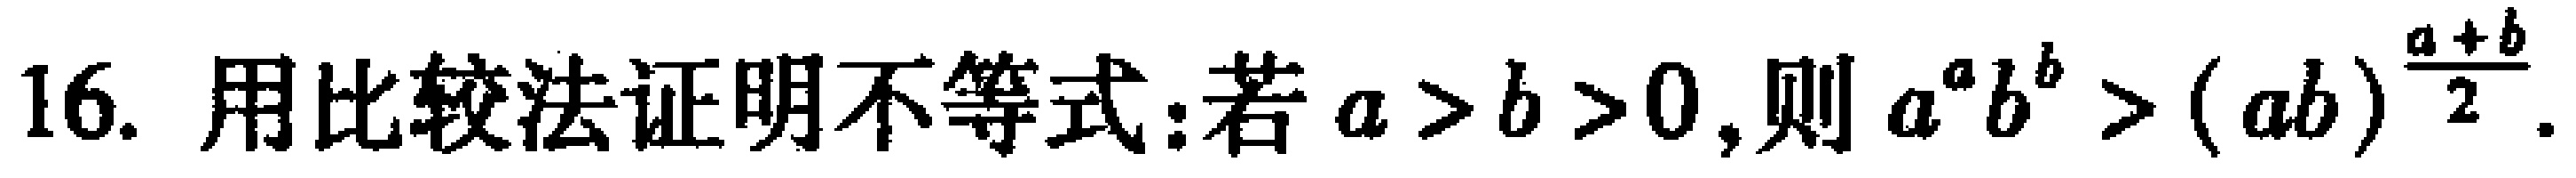
16. 用比较法证明不等式:若$a > b > 0$,则$a^{a}b^{b} > (ab)^{\frac{a + b}{2}}$.